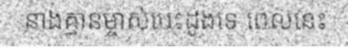
នាងគ្មានម្ចាស់បេះដូងទេ ពេលនេះ